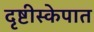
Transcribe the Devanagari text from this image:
दृष्टीस्केपात